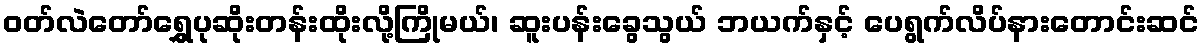
ဝတ်လဲတော်ရွှေပုဆိုးတန်းထိုးလို့ကြိုမယ်၊ ဆူးပန်းခွေသွယ် ဘယက်နှင့် ပေရွက်လိပ်နားတောင်းဆင်